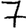
Digit: 7